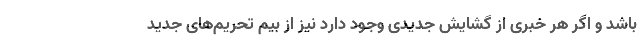
باشد و اگر هر خبری از گشایش جدیدی وجود دارد نیز از بیم تحریم‌های جدید